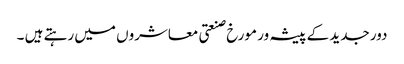
دور جدید کے پیشہ ور مورخ صنعتی معاشروں میں رہتے ہیں ۔